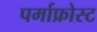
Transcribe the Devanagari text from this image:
पर्माफ्रोस्ट